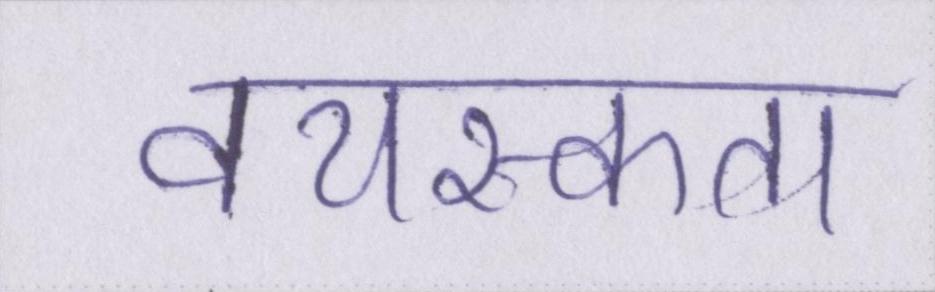
वयस्कता